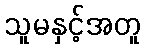
သူမနှင့်အတူ